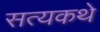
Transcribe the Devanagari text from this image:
सत्यकथे